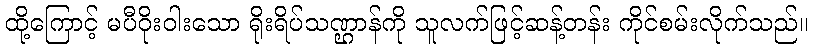
ထို့ကြောင့် မပီဝိုးဝါးသော ရိုးရိပ်သဏ္ဌာန်ကို သူလက်ဖြင့်ဆန့်တန်း ကိုင်စမ်းလိုက်သည်။